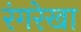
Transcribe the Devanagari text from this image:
रंगरेखा